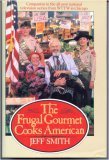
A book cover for The Frugal Gourmet Cooks American; Jeff Smith; Cookbooks, Food & Wine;